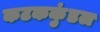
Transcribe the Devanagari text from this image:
कटककुंडल